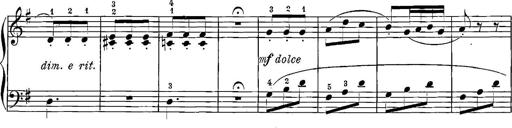
Title: 12 Sonatinas
Composer: Ignaz Pleyel